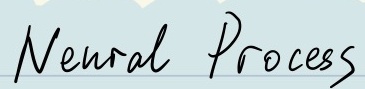
Neural Process